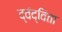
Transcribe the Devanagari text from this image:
द्वंद्विता